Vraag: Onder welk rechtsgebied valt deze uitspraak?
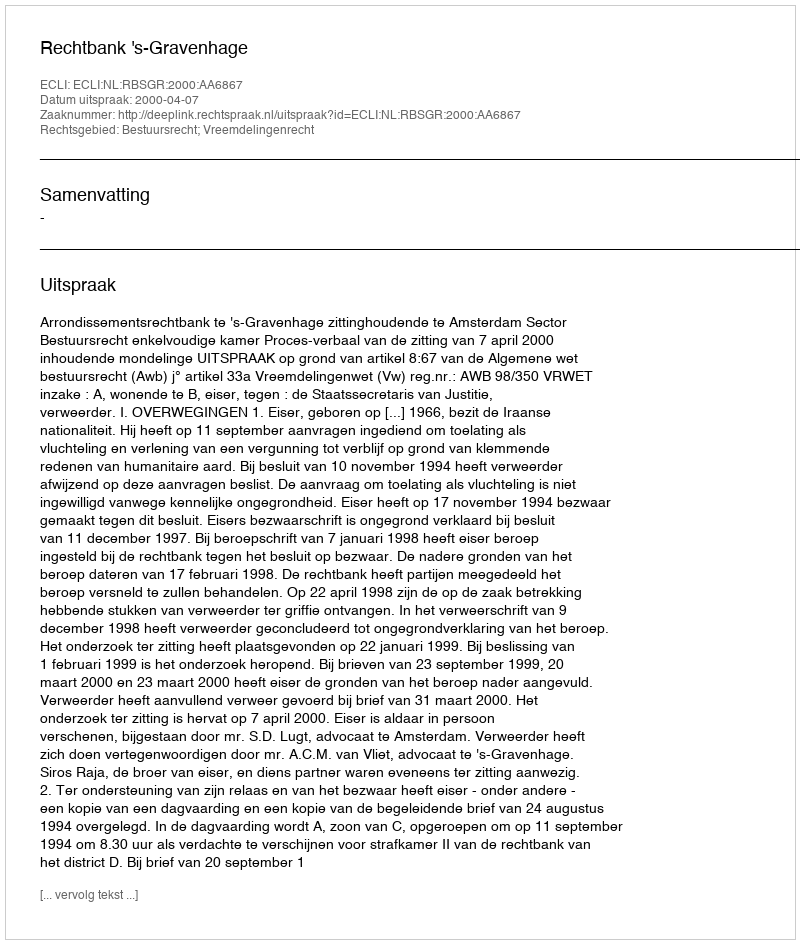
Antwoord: Bestuursrecht; Vreemdelingenrecht